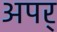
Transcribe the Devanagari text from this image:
अपर्